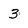
Character: 3